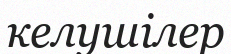
келушілер